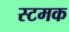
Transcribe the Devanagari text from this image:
स्टमक